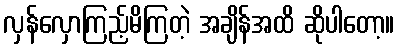
လှန်လှောကြည့်မိကြတဲ့ အချိန်အထိ ဆိုပါတော့။